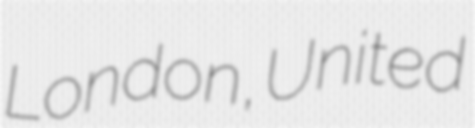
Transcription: London, United